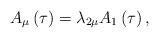
LaTeX: \begin{align*}A_\mu \left( \tau \right) =\lambda _{2\mu }A_1\left( \tau \right) ,\end{align*}